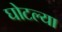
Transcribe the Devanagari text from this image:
घोटल्या